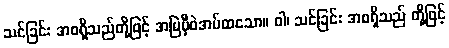
သင်ခြင်း အစရှိသည်တို့ဖြင့် အမြဲမှီဝဲအပ်ထသော။ ဝါ၊ သင်ခြင်း အစရှိသည် တို့ဖြင့်